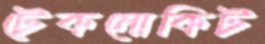
টেকনোকিট